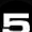
Digit: 5